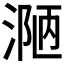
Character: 𪶾